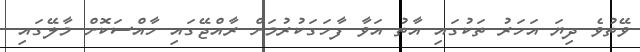
ވޭތުވެ ދިޔަ އަހަރު ތަކުގައި އާތު އަވާ ފާހަގަކުރުމަށް ރާއްޖޭގައި ހާއްސަކޮށް މާލޭގައި